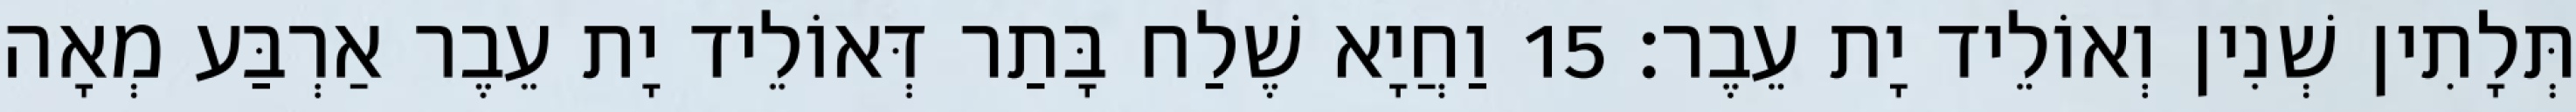
תְּלָתִין שְׁנִין וְאוֹלֵיד יָת עֵבֶר׃ 15 וַחֲיָא שֶׁלַח בָּתַר דְּאוֹלֵיד יָת עֵבֶר אַרְבַּע מְאָה